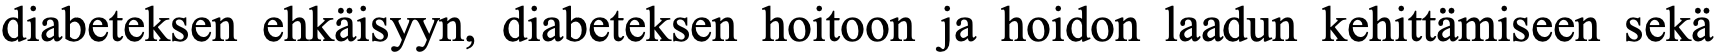
diabeteksen ehkäisyyn, diabeteksen hoitoon ja hoidon laadun kehittämiseen sekä